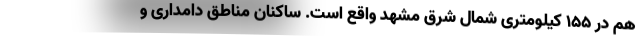
هم در ۱۵۵ کیلومتری شمال شرق مشهد واقع است. ساکنان مناطق دامداری و